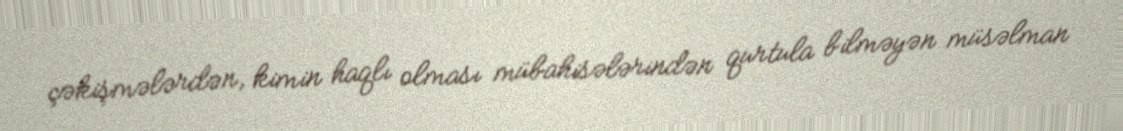
çəkişmələrdən, kimin haqlı olması mübahisələrindən qurtula bilməyən müsəlman